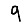
Digit: 9